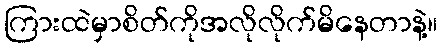
ကြားထဲမှာစိတ်ကိုအလိုလိုက်မိနေတာနဲ့။